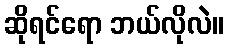
ဆိုရင်ရော ဘယ်လိုလဲ။